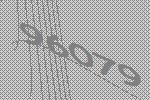
96079